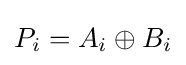
P_{i}=A_{i}\oplus B_{i}